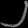
Digit: ၂